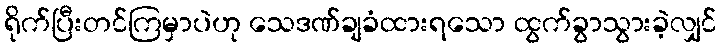
ရိုက်ပြီးတင်ကြမှာပဲဟု သေဒဏ်ချခံထားရသော ထွက်ခွာသွားခဲ့လျှင်